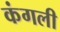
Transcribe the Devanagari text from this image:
कंगली